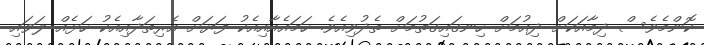
ކޮންމެވެސް ދިމާއަކަށް ދިއުމަށް ހިނގައިގަތުމަށް ތެދުވިއެވެ. ހަމައެއާއިއެކު ފަޔަށް އެރިތަދާއިއެކު ހަޅެއް ލަވައި